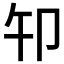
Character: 𰆍